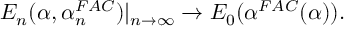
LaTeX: E _ { n } ( \alpha , \alpha _ { n } ^ { F A C } ) | _ { n \rightarrow \infty } \rightarrow E _ { 0 } ( \alpha ^ { F A C } ( \alpha ) ) .